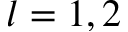
l = 1 , 2